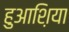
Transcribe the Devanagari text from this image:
हुआश़िया